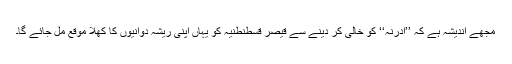
مجھے اندیشہ ہے کہ ’’ادرنہ‘‘ کو خالی کر دینے سے قیصر قسطنطنیہ کو یہاں اپنی ریشہ دوانیوں کا کھلا موقع مل جائے گا۔